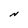
Character: N